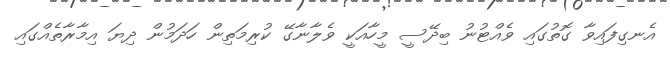
އެނގިފައިވާ ގޮތުގައި ވެއްޓުނު ބިދޭސީ މީހާއަކީ ވެލާނާގޭ ކުރިމަތިން ހަދަމުން ދިޔަ އިމާރާތެއްގައި